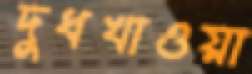
দুধখাওয়া